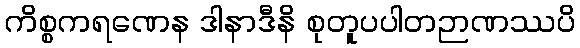
ကိစ္စကရဏေန ဒါနာဒီနိ စုတူပပါတဉာဏဿပိ